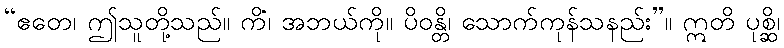
“ဧတေ၊ ဤသူတို့သည်။ ကိံ၊ အဘယ်ကို။ ပိဝန္တိ၊ သောက်ကုန်သနည်း”။ ဣတိ ပုစ္ဆိ၊